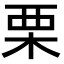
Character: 栗